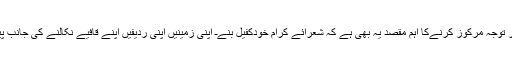
آج نئی ردیف پر توجہ مرکوز کرنےکا اہم مقصد یہ بھی ہے کہ شعرائے کرام خودکفیل بنےـ اپنی زمینیں اپنی ردیفیں اپنے قافیے نکالنے کی جانب پیش قدمی کریں۔